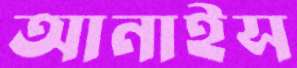
আনাইস